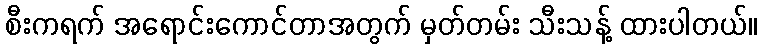
စီးကရက် အရောင်းကောင်တာအတွက် မှတ်တမ်း သီးသန့် ထားပါတယ်။